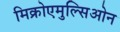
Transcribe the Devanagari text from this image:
मिक्रोएमुल्सिओन